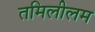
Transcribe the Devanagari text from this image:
तमिलीलम